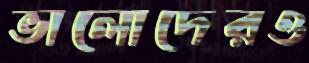
ভালোদেরও